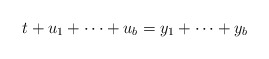
\begin{align*}t+u_1+\cdots+u_b=y_1+\cdots+y_b\end{align*}